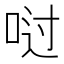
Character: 𫪀